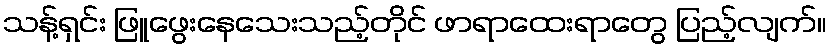
သန့်ရှင်း ဖြူဖွေးနေသေးသည့်တိုင် ဖာရာထေးရာတွေ ပြည့်လျက်။